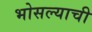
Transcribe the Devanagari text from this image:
भोसल्याची